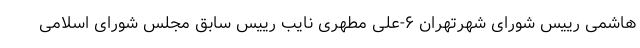
هاشمی رییس شورای شهرتهران ۶-علی مطهری نایب رییس سابق مجلس شورای اسلامی